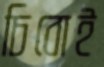
চিবোই